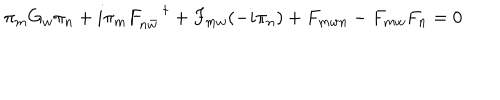
LaTeX: \pi _ { m } G _ { w } \pi _ { n } + i \pi _ { m } F _ { n \bar { w } } ^ { \; \dagger } + F _ { m w } ( - i \pi _ { n } ) + F _ { m w n } - F _ { m w } F _ { n } = 0